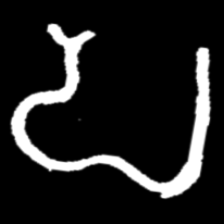
Pyu character \u2014 Myanmar letter: ပ (romanized: pa)